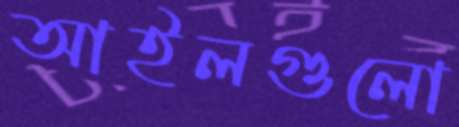
আইলগুলো